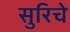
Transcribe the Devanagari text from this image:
सुरिचे